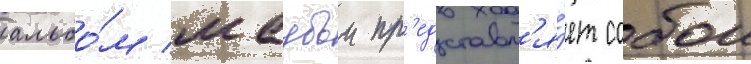
альбо́м маубои пр'едставл'я́ет собои